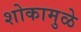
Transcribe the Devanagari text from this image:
शोकामुळे